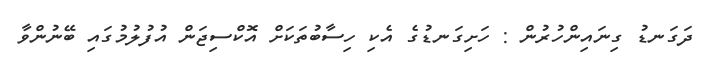
ދަގަނޑު ގިނައިންހުރުން : ހަށިގަނޑުގެ އެކި ހިސާބުތަކަށް އޮކްސިޖަން އުފުލުމުގައި ބޭނުންވާ